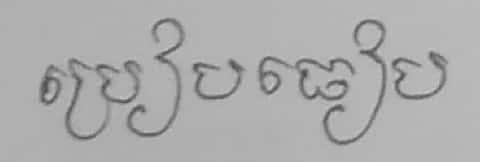
ប្រៀបធៀប